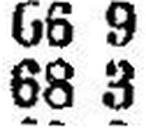
68 3